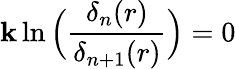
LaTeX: \mathbf{k}\ln\Big({\frac{{\delta_{n}(r)}}{{\delta_{n+1}(r)}}}\Big)=0